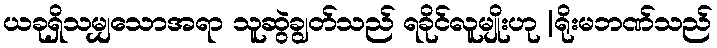
ယခုရှိသမျှသောအရာ သူဆွဲချွတ်သည် ရခိုင်လူမျိုးဟု |ရိုးမဘဏ်သည်